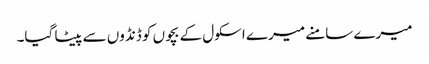
میرے سامنے میرے اسکول کے بچوں کو ڈنڈوں سے پیٹا گیا۔